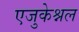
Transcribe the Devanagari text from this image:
एजुकेश्नल